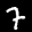
Label: 7